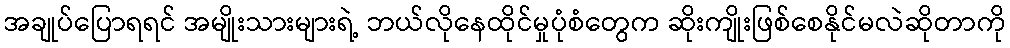
အချုပ်ပြောရရင် အမျိုးသားများရဲ့ ဘယ်လိုနေထိုင်မှုပုံစံတွေက ဆိုးကျိုးဖြစ်စေနိုင်မလဲဆိုတာကို